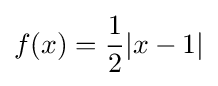
f(x)={\frac {1}{2}}|x-1|